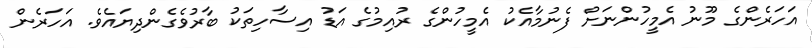
އަހަރެންގެ މޫނު އެމީހުންނަށް ފެނުމާއެކު އެމީހުންގެ ރުއިމުގެ އަޑު އިސާހިތަކު ބާރުވެގެންދިޔައެވެ. އަހަރެން